Resolution on Dr Rogers' report on Kala azar.
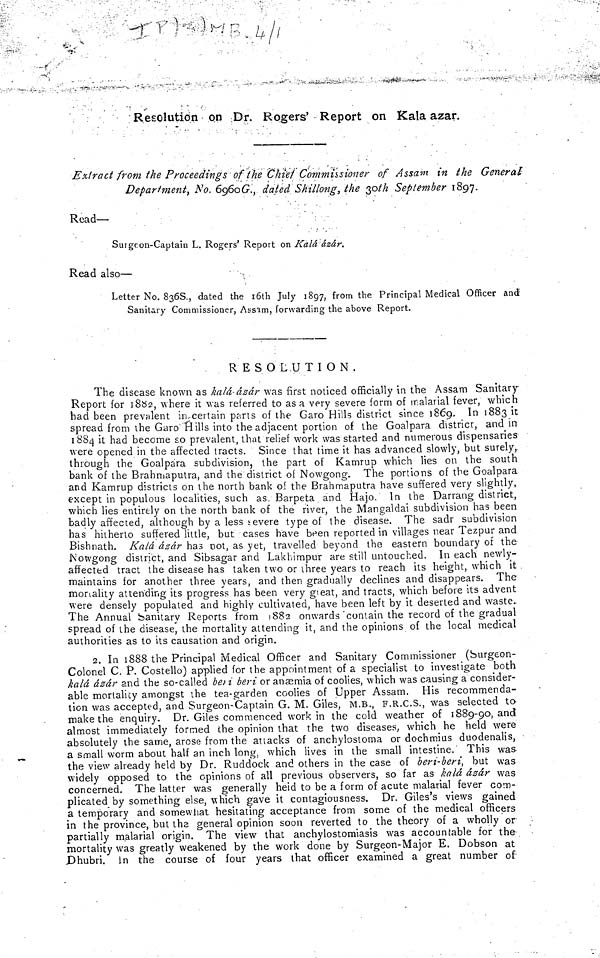
Resolution on Dr. Rogers' Report on Kala azar.
Extract from the Proceedings of the Chief Commissioner of Assam in the General
Department, No. 6960G., dated Shillong, the 30th September 1897.
Read—
Surgeon-Captain L. Rogers' Report on Kala azar.
Read also—
Letter No. 836S., dated the 16th July 1897, from the Principal Medical Officer and
Sanitary Commissioner, Assam, forwarding the above Report.
RESOLUTION.
The disease known as kalá-ázár was first noticed officially in the Assam Sanitary-
Report for 1882, where it was referred to as a very severe form of malarial fever, which
bad been prevalent in certain parts of the Garo Hills district since 1869, In 1883 it
spread from ihe Garo Hills into the adjacent portion of the Goalpara district, and in
1884 it had become so prevalent, that relief work was started and numerous dispensaries
were opened in the affected tracts. Since that time it has advanced slowly, but surely,
through the Goalpara subdivision, the part of Kamrup which lies on the south
bank of the Brahmaputra, and the district of Nowgong. The portions of the Goalpara
and Kamrup districts on the north bank oí the Brahmaputra have suffered very slightly,
except in populous localities, such as. Barpeta and Hajo. In the Darrang district,
which lies entirely on the north bank of the river, the Mangaldai subdivision has been
badly affected, although by a less severe type of the disease. The sadr subdivision
has hitherto suffered little, but cases have been reported in villages near Tezpur and
Bishnath. Kalá azar has not, as yet, travelled beyond the eastern boundary of the-
Nowgong district, and Sibsagar and Lakhimpur are still untouched. In each newly-
affected tract the disease has taken two or three years to reach its height, which it
maintains for another three years, and then gradually declines and disappears. The
mortality attending its progress has been very great, and tracts, which before its advent
were densely populated and highly cultivated, have been left by it deserted and waste.
The Annual Sanitary Reports from 1882 onwards contain the record of the gradual
spread of the disease, the mortality attending it, and the opinions of the local medical
authorities as to its causation and origin.
2. In 1888 the Principal Medical Officer and Sanitary Commissioner (burgeon-
Colonel C. P. Costello) applied for the appointment of a specialist to investigate both
kalá ázár and the so-called bet i beri or anaemia of coolies, which was causing a consider-
able mortalicy amongst the tea-garden coolies of Upper Assam. His recommenda-
tion was accepted, and Surgeon-Captain G. M. Giles, M.B., F.R.C.S., was selected to
make the enquiry. Dr. Giles commenced work in the cold weather of 1889-90, and
almost immediately formed the opinion that the two diseases, which he held were
absolutely the same, arose from the attacks of anchylostoma or dochmius duodenalis,
a small worm about half an inch long, which lives in the small intestine. This was
the view already held by Dr. Ruddock and others in the case of beri-beri but was
widely opposed to the opinions of all previous observers, so far as kalá ázár was
concerned. The latter was generally held to be a form of acute malarial fever com-
plicated by something else, which gave it contagiousness. Dr. Giles's views gained
a temporary and somewhat hesitating acceptance from some of the medical officers
in the province, but the general opinion soon reverted to the theory of a wholly or
partially malarial origin. The view that anchylostomiasis was accountable for the
mortality was greatly weakened by the work done by Surgeon-Major E. Dobson at
Dhubri. In the course of four years that officer examined a great number of